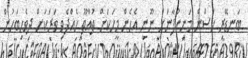
ބަނޑޭރި ޙަސަން މަނިކުފާނަށް ނޫނީ އެހެން މީހަކަށް ތުއްތޫ ހެއްދެވި ވަރަކަށް ދިވެހިބަހުން